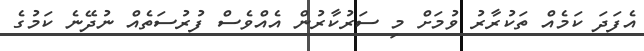
އެފަދަ ކަމެއް ތަކުރާރު ވުމަށް މި ސަރުކާރުން އެއްވެސް ފުރުސަތެއް ނުދޭނެ ކަމުގެ